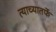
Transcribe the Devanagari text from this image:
त्याच्यातर्फे